Vaccination in the Punjab 1905-1918 - 1905-1918
Year: 1905
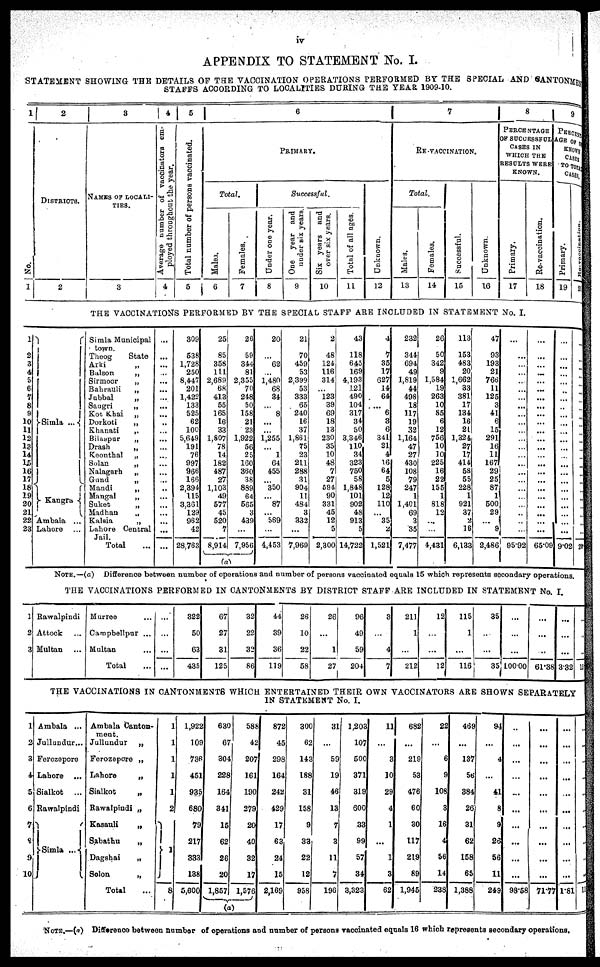
iv
APPENDIX TO STATEMENT No. I.
STATEMENT SHOWING THE DETAILS OF THE VACCINATION OPERATIONS PERFORMED BY THE SPECIAL AND CANTONMEN
STAFFS ACCORDING TO LOCALITIES DURING THE YEAR 1909-10.
1
No.
1
2
DISTRICTS.
2
3
NAMES OF LOCALI-
----.
3
4
Average number of vaccinators em-
ployed throughout the year.
4
5
Total number of persons vaccinated.
5
6
PRIMARY.
Total.
Males.
6
Females.
7
Successful.
Under one year.
8
One year and
under six years.
9
Six years and
over six years.
10
Total of all ages
11
Unknown.
12
7
RE-VACCINATION.
Total.
Males.
13
Females.
14
Successful.
15
Unknown.
16
8
PERCENTAGE
OF SUCCESSFUL
CASES IN
WHICH THE
RESULTS WERE
KNOWN.
Primary.
17
Re-vaccination.
18
9
PERCENT¬
AGE OF UN¬
KNOWN
CASES
TO TOTAL
CASES.
Primary.
19
Re-vaccination.
20
THE VACCINATIONS PERFORMED BY THE SPECIAL STAFF ARE INCLUDED IN STATEMENT No. I.
1
2
3
4
5
6
7
8
9
10
11
12
13
14
15
16
17
18
19
20
21
22
23
Simla ...
Kangra ...
Ambala ...
Lahore ...
Simla Municipal
town.
Theog
State
Arki
„
Balson
„
Sirmoor
„
Bahrauli
„
Jubbal
„
Sangri
„
Kot Khai „
Dorkoti
„
Khanati
„
Bilaspur
„
Drash
„
Keonthal „
Solan
„
Nalagarh „
Gund
„
Mandi
„
Mangal
„
Suket
„
Madhan
„
Kalsia
„
Lahore Central
Jail.
Total ...
...
...
...
...
...
...
...
...
...
...
...
...
...
...
...
...
...
...
...
...
...
...
...
...
309
538
1,728
250
8,447
201
1,422
133
525
62
100
5,649
191
76
997
966
166
2,394
115
3,361
129
962
42
28,763
25
85
358
111
2,689
68
413
55
165
16
33
1,807
78
14
182
487
27
1,103
49
577
45
520
7
8,914
26
59
344
81
2,355
70
248
50
158
21
23
1,922
56
25
160
360
38
889
64
565
3
439
...
7,956
(a)
20
...
62
...
1,480
68
34
...
8
...
...
1,255
...
1
64
455
...
350
...
87
...
569
...
4,453
21
70
459
53
2,399
53
333
65
240
16
37
1,861
75
23
211
288
31
904
11
484
3
332
...
7,969
2
48
124
116
314
...
123
39
69
18
13
230
35
10
48
7
27
594
90
331
45
12
5
2,300
43
118
645
169
4,193
121
490
104
317
34
50
3,346
110 34
323
750
58
1,848
101
902
48
913
5
14,722
4
7
35
17
627
14
64
...
6
3
6
341
21
4
16
64
5
128
12
110
...
35
2
1,521
232
344
694
49
1,819
44
498
18
117
19
32
1,164
47
27
430
108
79
247
1
1,401
69
3
35
7,477
26
50
342
9
1,584
19
263
10
85
6
12
756
10
10
225
16
22
155
1
818
12
...
...
4,431
113
153
483
20
1,662
33
381
17
134
16
21
1,324
27
17
414
58
55
228
1
921
37
2
16
6,133
47
93
193
21
766
11
125
3
41
6
15
291
16
11
167
29
25
87
1
500
29
...
9
2,486
...
...
...
...
...
...
...
...
...
...
...
...
...
...
...
...
...
...
...
...
...
...
...
95.92
...
...
...
...
...
...
...
...
...
...
...
...
...
...
...
...
...
...
...
...
...
...
...
65.09
...
...
...
...
...
...
...
...
...
...
...
...
...
...
...
...
...
...
...
...
...
...
...
9.02
...
... ...
...
...
...
...
...
... ...
...
...
...
...
...
...
...
...
...
...
...
...
...
20
NOTE.—(a) Difference between number of operations and number of persons vaccinated equals 15 which represents secondary operations.
THE VACCINATIONS PERFORMED IN CANTONMENTS BY DISTRICT STAFF ARE INCLUDED IN STATEMENT No. I.
1
2
3
Rawalpindi
Attock ...
Multan ...
Murree ...
Campbellpur ...
Multan ...
Total ...
...
...
...
...
322
50
63
435
67
27
31
125
32
22
32
86
44
39
36
119
26
10
22
58
26
...
1
27
96
49
59
204
3
...
4
7
211
1
...
212
12
...
...
12
115
1
...
116
35
...
...
35
...
...
...
100.00
...
...
...
61.38
...
...
...
3.32
...
...
...
15
THE VACCINATIONS IN CANTONMENTS WHICH ENTERTAINED THEIR OWN VACCINATORS ARE SHOWN SEPARATELY
IN STATEMENT No. I.
1
2
3
4
5
6
7
8
9
10
Ambala ...
Jullundur...
Ferozepore ...
Lahore ...
Sialkot ...
Rawalpindi
Simla ...
Ambala Canton-
ment.
Jullundur „
Ferozepore „
Lahore
„
Sialkot
„
Rawalpindi „
Kasauli
„
Sabathu
„
Dagshai
„
Solon
„
Total ...
1
1
1
1
1
2
1
8
1,922
109
736
451
935
680
79
217
333
138
5,600
630
67
304
228
164
341
15
62
26
20
1,857
588
42
207
161
190
279
20
40
32
17
1,576
(a)
872
45
298
164
242
429
17
63
24
15
2,169
300
62
143
188
31
158
9
33
22
12
958
31
...
59
19
46
13
7
3
11
7
196
1,203
107
500
371
319
600
33
99
57
34
3,323
11
...
3
10
29
4
1
...
1
3
62
682
...
219
53
476
60
30
117
219
89
1,945
22
...
6
9
108
3
16
4
56
14
238
469
...
137
56
384
26
31
62
158
65
1,388
94
...
4
...
41
8
9
26
56
11
249
...
...
...
...
...
...
...
...
...
...
98.58
...
...
...
...
...
...
...
...
...
...
71.77
...
...
...
...
...
...
...
...
...
...
1.81
...
...
...
...
...
...
...
...
...
...
1
NOTE.—(a) Difference between number of operations and number of persons vaccinated equals 16 which represents secondary operations.